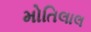
મોતિલાલ